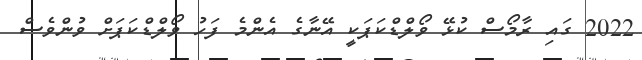
2022 ގައި ރާމޯސް ކުޅޭ ވޯލްޑްކަޕަކީ އޭނާގެ އެންމެ ފަހު ވޯލްޑްކަޕަށް ވުންވެސް